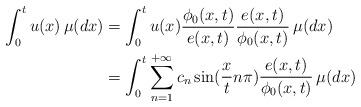
LaTeX: \begin{align*}\int_0^tu(x)\, \mu(dx)&=\int_0^tu(x)\frac{\phi_0(x,t)}{e(x,t)}\frac{e(x,t)}{\phi_0(x,t)}\, \mu(dx)\\&=\int_0^t\sum_{n=1}^{+\infty}c_n\sin(\frac{x}{t}n\pi)\frac{e(x,t)}{\phi_0(x,t)}\, \mu(dx)\end{align*}